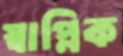
স্বাপ্নিক